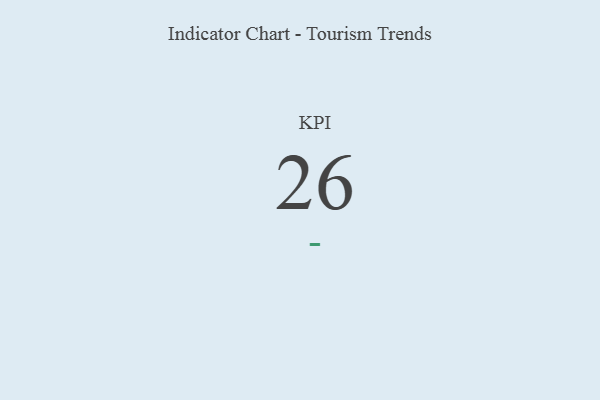
{"axis": {"x": "KPI", "y": "Value"}, "legend": [""], "data": [{"x": "KPI", "y": 26, "type": ""}]}